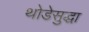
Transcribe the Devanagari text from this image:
थोडेसुद्धा